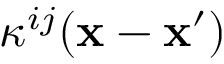
\kappa ^ { i j } ( { \bf x } - { \bf x } ^ { \prime } )